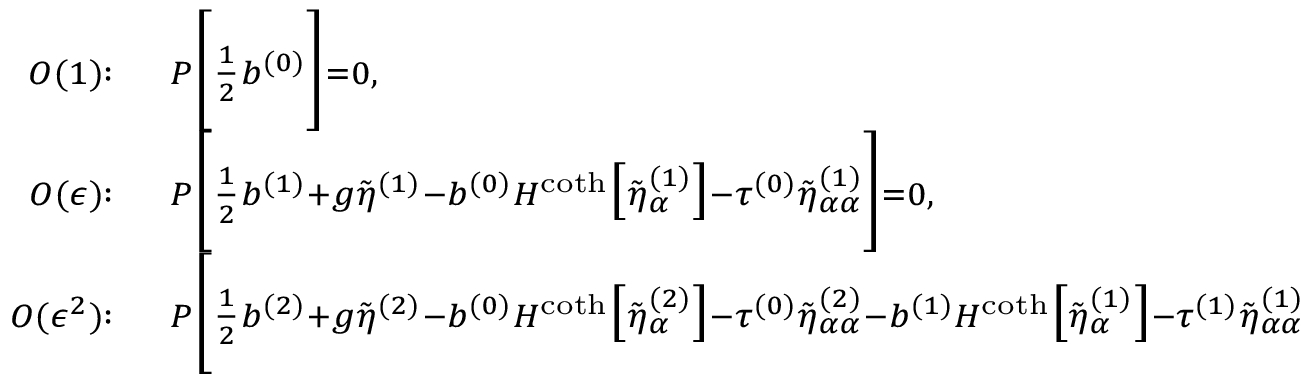
\begin{array} { r l } { { \scriptstyle O ( 1 ) : } } & { { } \, { \scriptstyle P \bigg [ \frac { 1 } { 2 } b ^ { ( 0 ) } \bigg ] = 0 , } } \\ { { \scriptstyle O ( \epsilon ) : } } & { { } \, { \scriptstyle P \bigg [ \frac { 1 } { 2 } b ^ { ( 1 ) } + g \tilde { \eta } ^ { ( 1 ) } - b ^ { ( 0 ) } H ^ { \coth } \big [ \tilde { \eta } _ { \alpha } ^ { ( 1 ) } \big ] - \tau ^ { ( 0 ) } \tilde { \eta } _ { \alpha \alpha } ^ { ( 1 ) } \bigg ] = 0 , } } \\ { { \scriptstyle O ( \epsilon ^ { 2 } ) : } } & { { } \, { \scriptstyle P \bigg [ \frac { 1 } { 2 } b ^ { ( 2 ) } + g \tilde { \eta } ^ { ( 2 ) } - b ^ { ( 0 ) } H ^ { \coth } \big [ \tilde { \eta } _ { \alpha } ^ { ( 2 ) } \big ] - \tau ^ { ( 0 ) } \tilde { \eta } _ { \alpha \alpha } ^ { ( 2 ) } - b ^ { ( 1 ) } H ^ { \coth } \big [ \tilde { \eta } _ { \alpha } ^ { ( 1 ) } \big ] - \tau ^ { ( 1 ) } \tilde { \eta } _ { \alpha \alpha } ^ { ( 1 ) } } } \end{array}